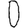
Digit: 0